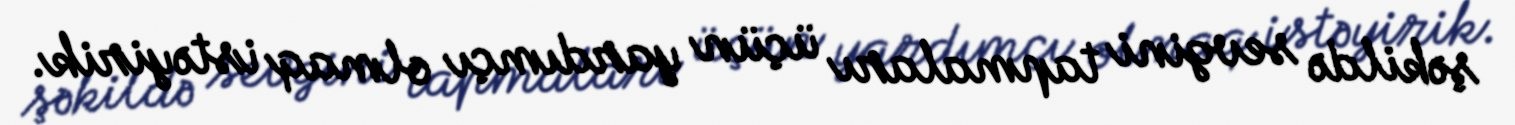
şəkildə sevgini tapmaları üçün yardımçı olmaq istəyirik.